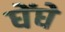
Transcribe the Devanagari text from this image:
घेंघे